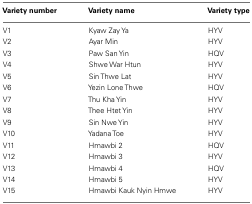
| Variety number | Variety name | Variety type |
 | --- | --- | --- |
 | V1 | Kyaw Zay Ya | HYV |
 | V2 | Ayar Min | HYV |
 | V3 | Paw San Yin | HQV |
 | V4 | Shwe War Htun | HYV |
 | V5 | Sin Thwe Lat | HYV |
 | V6 | Yezin Lone Thwe | HQV |
 | V7 | Thu Kha Yin | HYV |
 | V8 | Thee Htet Yin | HYV |
 | V9 | Sin Nwe Yin | HYV |
 | V10 | Yadana Toe | HYV |
 | V11 | Hmawbi 2 | HQV |
 | V12 | Hmawbi 3 | HYV |
 | V13 | Hmawbi 4 | HQV |
 | V14 | Hmawbi 5 | HYV |
 | V15 | Hmawbi Kauk Nyin Hmwe | HYV |